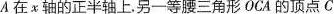
A 在 x 轴的正半轴上。另一等腰三角形OCA 的顶点 C